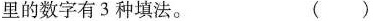
里的数字有3种填法。（）